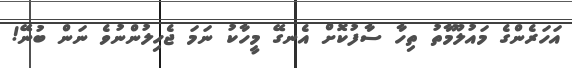
އަހަރެންގެ މައުލޫމާތު ތިހާ ސާފުކޮށް އެނގޭ މީހާކު ނަމަ ޖެހިލުންނުވެ ނަން ބުނޭ!